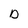
Character: D